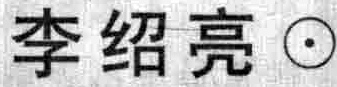
李绍亮$\odot$